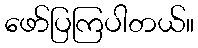
ဖော်ပြကြပါတယ်။